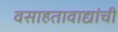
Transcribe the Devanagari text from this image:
वसाहतावाद्यांची